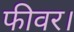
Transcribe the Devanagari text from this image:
फीवर।